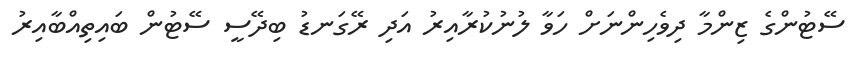
ސޭޓުންގެ ޒިންމާ ދިވެހިންނަށް ހަވާ ލުނުކުރާއިރު އަދި ރޭގަނޑު ބިދޭސީ ސޭޓުން ބައިތިއްބާއިރު